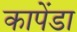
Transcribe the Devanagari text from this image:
कापेंडा